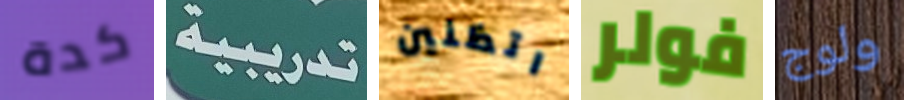
كدة تدريبية اتظنين فولر ولوج